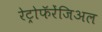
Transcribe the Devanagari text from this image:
रेट्रोफॅरेंजिअल